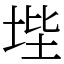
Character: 㙄